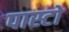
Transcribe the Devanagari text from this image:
पास्टो